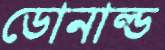
ডোনাল্ড